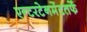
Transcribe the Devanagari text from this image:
एन्टरटेनमेंटतर्फे